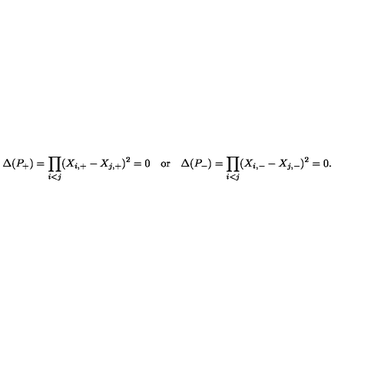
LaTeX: \Delta ( P _ { + } ) = \prod _ { i < j } ( X _ { i , + } - X _ { j , + } ) ^ { 2 } = 0 \quad \mathrm { o r } \quad \Delta ( P _ { - } ) = \prod _ { i < j } ( X _ { i , - } - X _ { j , - } ) ^ { 2 } = 0 .